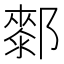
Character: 𨞢